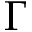
\Gamma